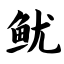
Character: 鱿